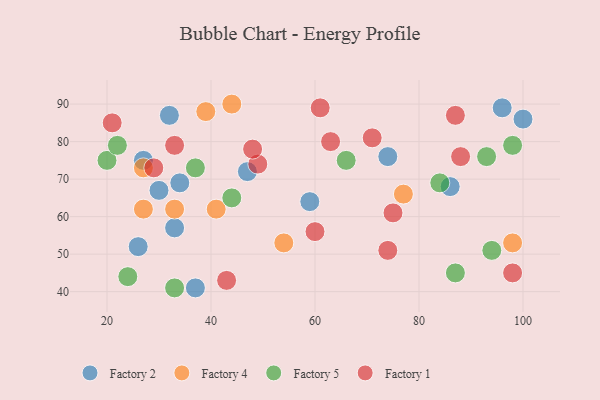
{"axis": {"x": "GDP", "y": "Life Expectancy"}, "legend": ["Factory 1", "Factory 2", "Factory 4", "Factory 5"], "data": [{"x": "33", "y": 57, "type": "Factory 2"}, {"x": "100", "y": 86, "type": "Factory 2"}, {"x": "26", "y": 52, "type": "Factory 2"}, {"x": "37", "y": 41, "type": "Factory 2"}, {"x": "34", "y": 69, "type": "Factory 2"}, {"x": "86", "y": 68, "type": "Factory 2"}, {"x": "59", "y": 64, "type": "Factory 2"}, {"x": "47", "y": 72, "type": "Factory 2"}, {"x": "32", "y": 87, "type": "Factory 2"}, {"x": "96", "y": 89, "type": "Factory 2"}, {"x": "74", "y": 76, "type": "Factory 2"}, {"x": "27", "y": 75, "type": "Factory 2"}, {"x": "30", "y": 67, "type": "Factory 2"}, {"x": "54", "y": 53, "type": "Factory 4"}, {"x": "27", "y": 62, "type": "Factory 4"}, {"x": "98", "y": 53, "type": "Factory 4"}, {"x": "41", "y": 62, "type": "Factory 4"}, {"x": "44", "y": 90, "type": "Factory 4"}, {"x": "39", "y": 88, "type": "Factory 4"}, {"x": "33", "y": 62, "type": "Factory 4"}, {"x": "27", "y": 73, "type": "Factory 4"}, {"x": "77", "y": 66, "type": "Factory 4"}, {"x": "24", "y": 44, "type": "Factory 5"}, {"x": "87", "y": 45, "type": "Factory 5"}, {"x": "84", "y": 69, "type": "Factory 5"}, {"x": "20", "y": 75, "type": "Factory 5"}, {"x": "37", "y": 73, "type": "Factory 5"}, {"x": "44", "y": 65, "type": "Factory 5"}, {"x": "22", "y": 79, "type": "Factory 5"}, {"x": "94", "y": 51, "type": "Factory 5"}, {"x": "98", "y": 79, "type": "Factory 5"}, {"x": "93", "y": 76, "type": "Factory 5"}, {"x": "66", "y": 75, "type": "Factory 5"}, {"x": "33", "y": 41, "type": "Factory 5"}, {"x": "98", "y": 45, "type": "Factory 1"}, {"x": "33", "y": 79, "type": "Factory 1"}, {"x": "61", "y": 89, "type": "Factory 1"}, {"x": "60", "y": 56, "type": "Factory 1"}, {"x": "49", "y": 74, "type": "Factory 1"}, {"x": "71", "y": 81, "type": "Factory 1"}, {"x": "74", "y": 51, "type": "Factory 1"}, {"x": "63", "y": 80, "type": "Factory 1"}, {"x": "75", "y": 61, "type": "Factory 1"}, {"x": "29", "y": 73, "type": "Factory 1"}, {"x": "43", "y": 43, "type": "Factory 1"}, {"x": "88", "y": 76, "type": "Factory 1"}, {"x": "21", "y": 85, "type": "Factory 1"}, {"x": "48", "y": 78, "type": "Factory 1"}, {"x": "87", "y": 87, "type": "Factory 1"}]}